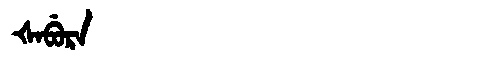
Manchu: ᡧᠠᠪᡠᡵᠠ
Romanization: ŠABURA